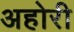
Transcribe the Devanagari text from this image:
अहोरी